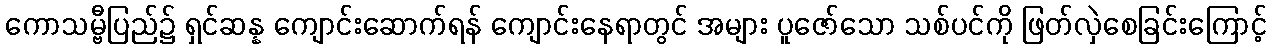
ကောသမ္ဗီပြည်၌ ရှင်ဆန္န ကျောင်းဆောက်ရန် ကျောင်းနေရာတွင် အများ ပူဇော်သော သစ်ပင်ကို ဖြတ်လှဲစေခြင်းကြောင့်